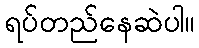
ရပ်တည်နေဆဲပါ။